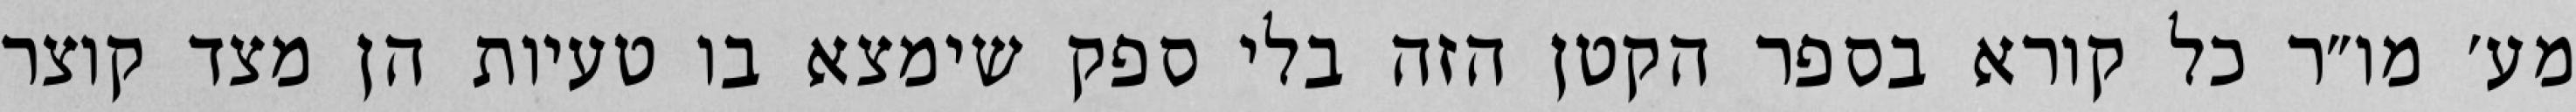
מע׳ מו״ר כל קורא בספר הקטן הזה בלי ספק שימצא בו טעיות הן מצד קוצר